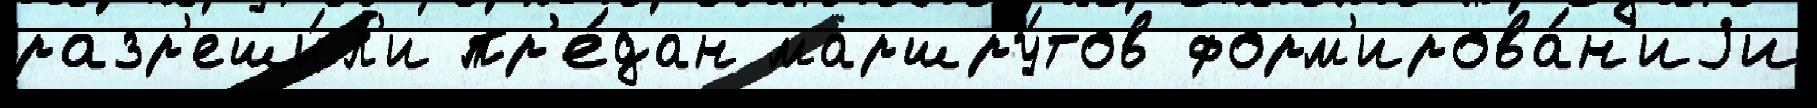
разр'еши́л'и пр'е́дан маршру́тов форм'ирова́н'иjи